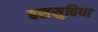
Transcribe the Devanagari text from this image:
बससुविधा